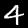
Label: 4